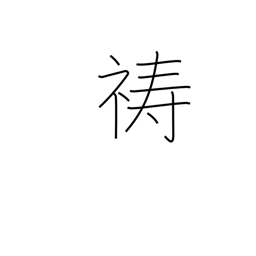
Meaning: pray